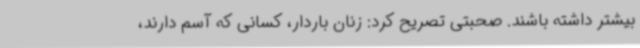
بیشتر داشته باشند. صحبتی تصریح کرد: زنان باردار، کسانی که آسم دارند،